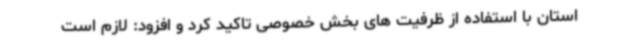
استان با استفاده از ظرفیت های بخش خصوصی تاکید کرد و افزود: لازم است